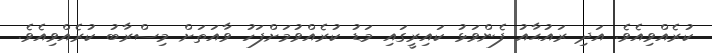
ކުރެއްވިއެވެ. އަދި ރައުޙާއު ފެންވަޅު ކައިރީގައި މަޑު ކުރެއްވުމަށްފަހު ވާއަތަށް މިސްރާބު ކުރެއްވިއެވެ.